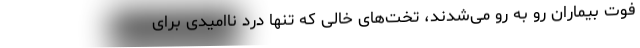
فوت بیماران رو به رو می‌شدند، تخت‌های خالی که تنها درد ناامیدی برای